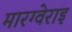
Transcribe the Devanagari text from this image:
मारग्वेराइ